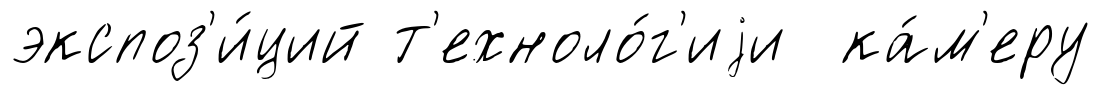
экспоз'и́ций т'ехноло́г'иjи ка́м'еру